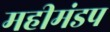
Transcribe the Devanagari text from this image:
महीमंडप